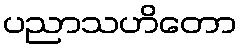
ပညာသဟိတော